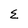
Character: E